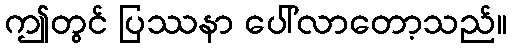
ဤတွင် ပြဿနာ ပေါ်လာတော့သည်။